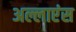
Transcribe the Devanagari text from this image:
अल्लाएंस